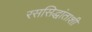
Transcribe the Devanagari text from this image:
रससिद्धांताशी